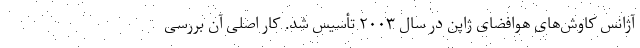
آژانس کاوش‌های هوافضای ژاپن در سال ۲۰۰۳ تأسیس شد. کار اصلی آن بررسی